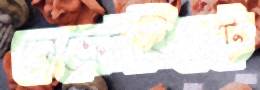
সেক্রেটারিয়েটে